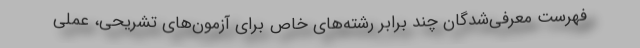
فهرست معرفی‌شدگان چند برابر رشته‌های خاص برای آزمون‌های تشریحی، عملی